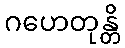
ဂဟေတုန္တိ